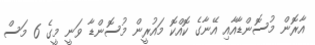
އާރޮން މުސޮންޑާއާއި އޭނާގެ ކޮއްކޮ މައުރީން މުސޮންޑާ ވަނީ މީގެ 6 މަސް